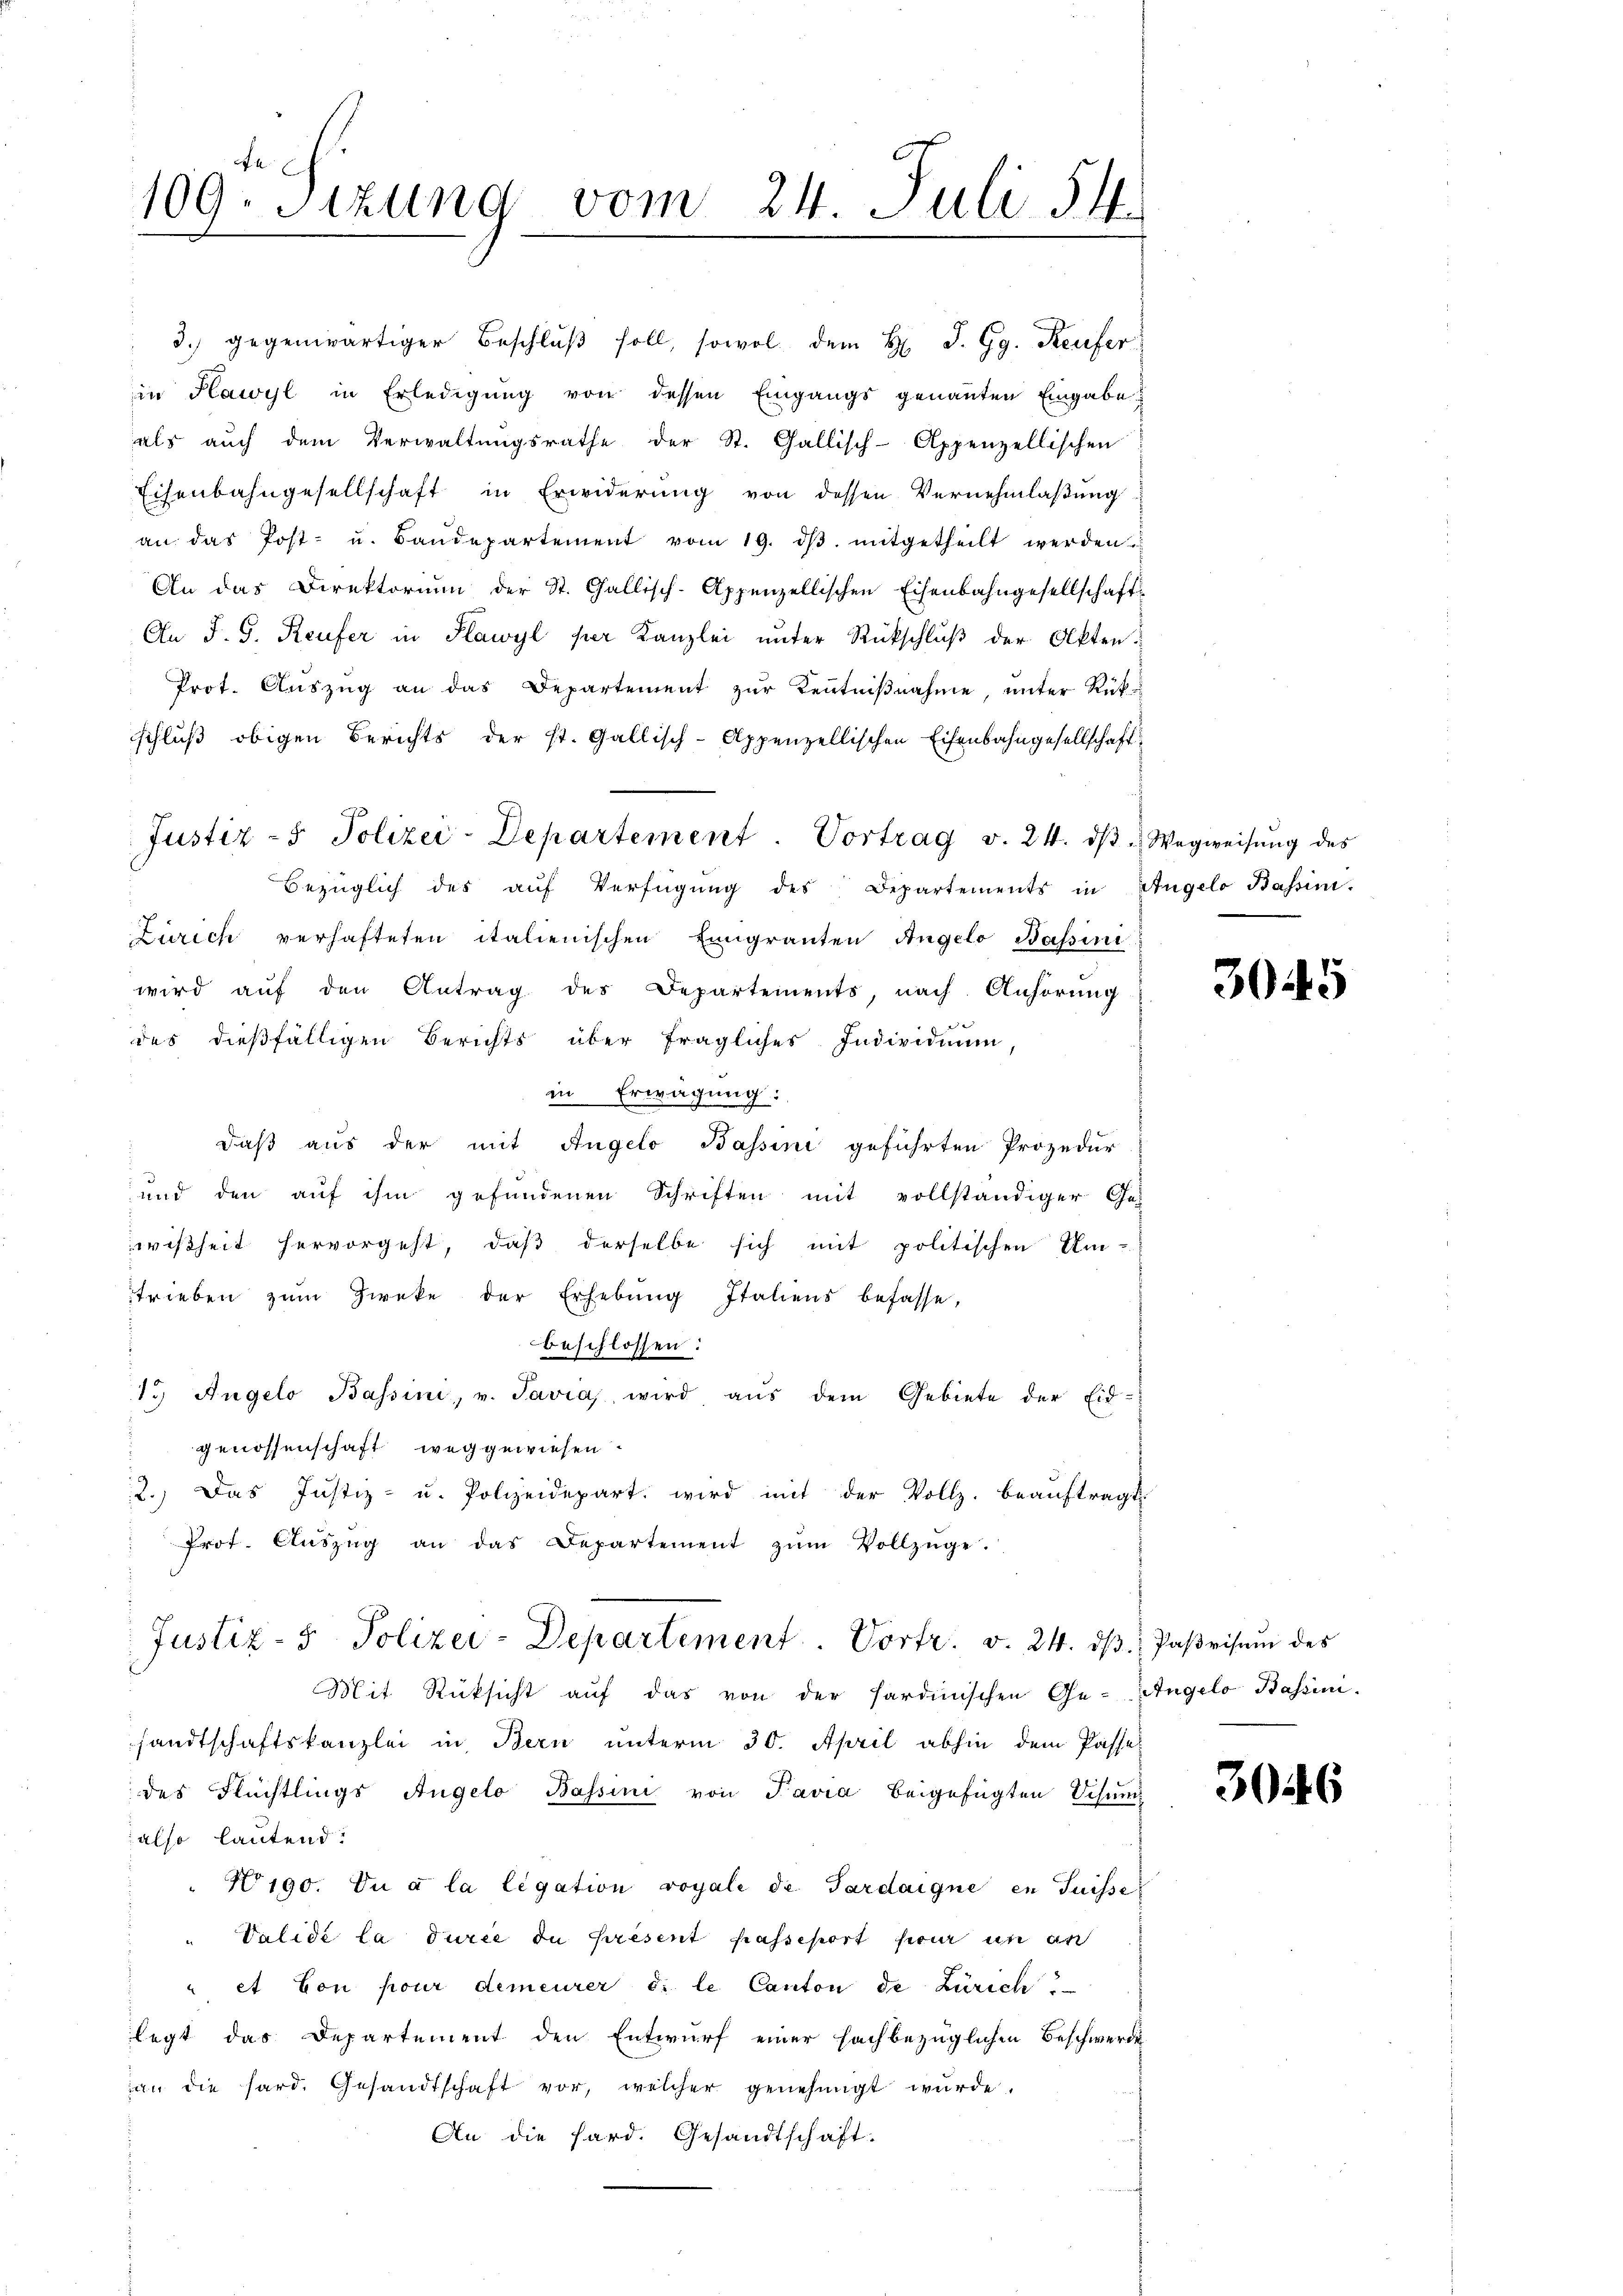
109. Sizung vom 24. Juli 54.

Justiz- & Polizei-Departement. Vortrag v. 24. dβ " Wegweisŭng des
Bezüglich des aŭf Verfügŭng des Departements in Angelo Bassini.
Zürich verhafteten italienischen Eingranten Angelo Bassini
wird aŭf den Antrag des Departements, nach Anhörung
d der
des dießfälligen Berichts über fragliches Individuum,
in Erwägung:
daß aus der mit Angelo Bassini geführten Prozedur
und den auf ihm gefundenen Schriften mit vollständiger Ge-
wißheit hervorgeht, daβ derselbe sich mit politischen Um-
trieben zŭm Zweke der Erhebŭng Italiens befasse,
beschlossen:
1.) Angelo Bassini, v. Savia, wird aus dem Gebiete der Eidgenossenschaft weggewiesen
2.) Das Justiz- u. Polizeidepart, wird mit der Vollz. beaŭftragt
Prof. Aŭszŭg an das Departement zŭm Vollzüge.

3. gegenwärtiger Beschlŭβ soll, sowol dem H. J. Gg. Keiser
in Plawyl in Erledigung von dessen Eingangs genannten Eingabe
als auch dem Verwaltungsrathe der St. Gallisch-Appenzellischen
Eisenbahngesellschaft in Erwiderung von dessen Vernehmlaßung
an das Post- u. Baŭdepartement vom 19. dβ. mitgetheilt werden
An das Direktoriŭm der St. Gallisch-Appenzellischen Eisenbahngesellschaft
An J. G. Reufer in Klawyl per Kanzlei unter Rückschluß der Akten.
Prot. Auszug an das Departement zur Kenntnißnahme, unter Rück-
schluß obigen Berichts der st. Gallisch-Appenzellischen Eisenbahngesellschaft

Justiz- & Polizei-Departement Vortr. v. 24. dβ Paβrisŭm des

Mit Rücksicht auf das von der sardinischen Ge-Angelo Bassini.
sandtschaftskanzlei in Bern unterm 30. April abhin dem Pässe
des Flüchtlings Angelo Bassini von Pavia beigefügten Schum
also lautend:
" No 190. Du à la legation royale de Gardaigne en Suisse
"Valide la durée du resent passeport secur un an
" et Con pour demeurer d. le Canton de Zürich
legt das Departement den Entwurf einer fachbezüglichen Beschwerde
an die sard. Gesandtschaft vor, welcher genehmigt wurde.
An die Hard. Gesandtschaft.

3045

3046